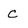
Character: C